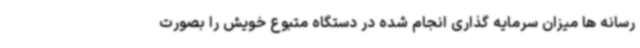
رسانه ها میزان سرمایه گذاری انجام شده در دستگاه‌ متبوع خویش را بصورت